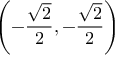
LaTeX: \left( - { \frac { \sqrt { 2 } } { 2 } } , - { \frac { \sqrt { 2 } } { 2 } } \right)